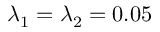
\lambda _ { 1 } = \lambda _ { 2 } = 0 . 0 5